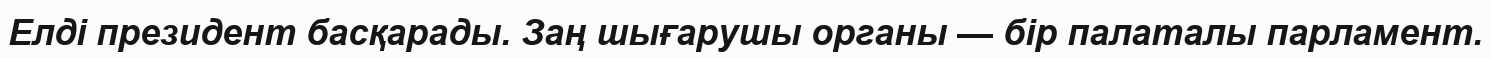
Елді президент басқарады. Заң шығарушы органы — бір палаталы парламент.